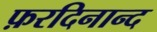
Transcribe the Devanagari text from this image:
फ़रदिनान्द